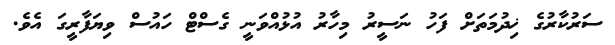
ސަރުކާރުގެ ޚިދުމަތަށް ފަހު ނަސީރު މިހާރު އުޅުއްވަނީ ގެސްޓް ހައުސް ވިޔަފާރީގަ އެވެ.